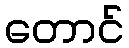
တောင်